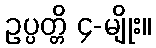
ဥပ္ပတ္တိ ၄-မျိုး။